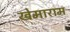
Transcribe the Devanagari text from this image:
खेमाराम